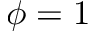
\phi = 1